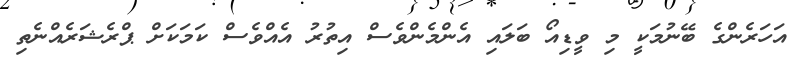
އަހަރެންގެ ބޭނުމަކީ މި ވީޑިއޯ ބަލައި އެންމެންވެސް އިތުރު އެއްވެސް ކަމަކަށް ޕްރެޝަރެއްނެތި